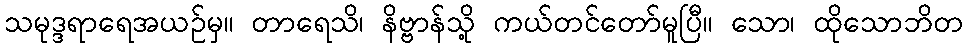
သမုဒ္ဒရာရေအယဉ်မှ။ တာရေသိ၊ နိဗ္ဗာန်သို့ ကယ်တင်တော်မူပြီ။ သော၊ ထိုသောဘိတ